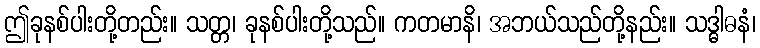
ဤခုနစ်ပါးတို့တည်း။ သတ္တ၊ ခုနစ်ပါးတို့သည်။ ကတမာနိ၊ အဘယ်သည်တို့နည်း။ သဒ္ဓါဓနံ၊